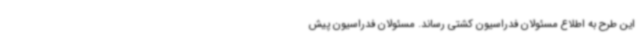
این طرح به اطلاع مسئولان فدراسیون کشتی رساند. مسئولان فدراسیون پیش